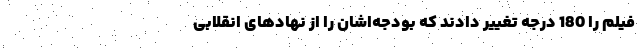
فیلم را 180 درجه تغییر دادند که بودجه‌اشان را از نهادهای انقلابی